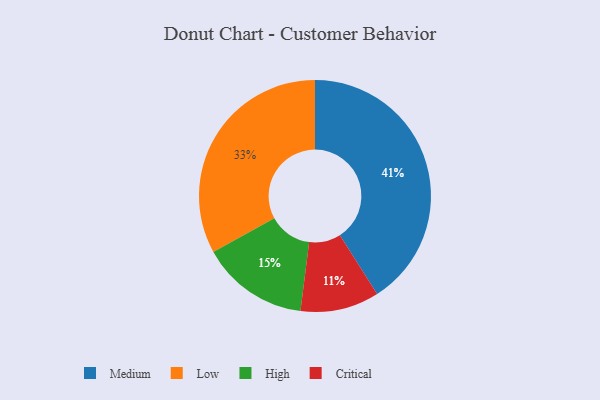
{"axis": {"x": "Category", "y": "Percentage"}, "legend": ["Critical", "High", "Low", "Medium"], "data": [{"x": "Critical", "y": 11, "type": "Critical"}, {"x": "High", "y": 15, "type": "High"}, {"x": "Medium", "y": 41, "type": "Medium"}, {"x": "Low", "y": 33, "type": "Low"}]}